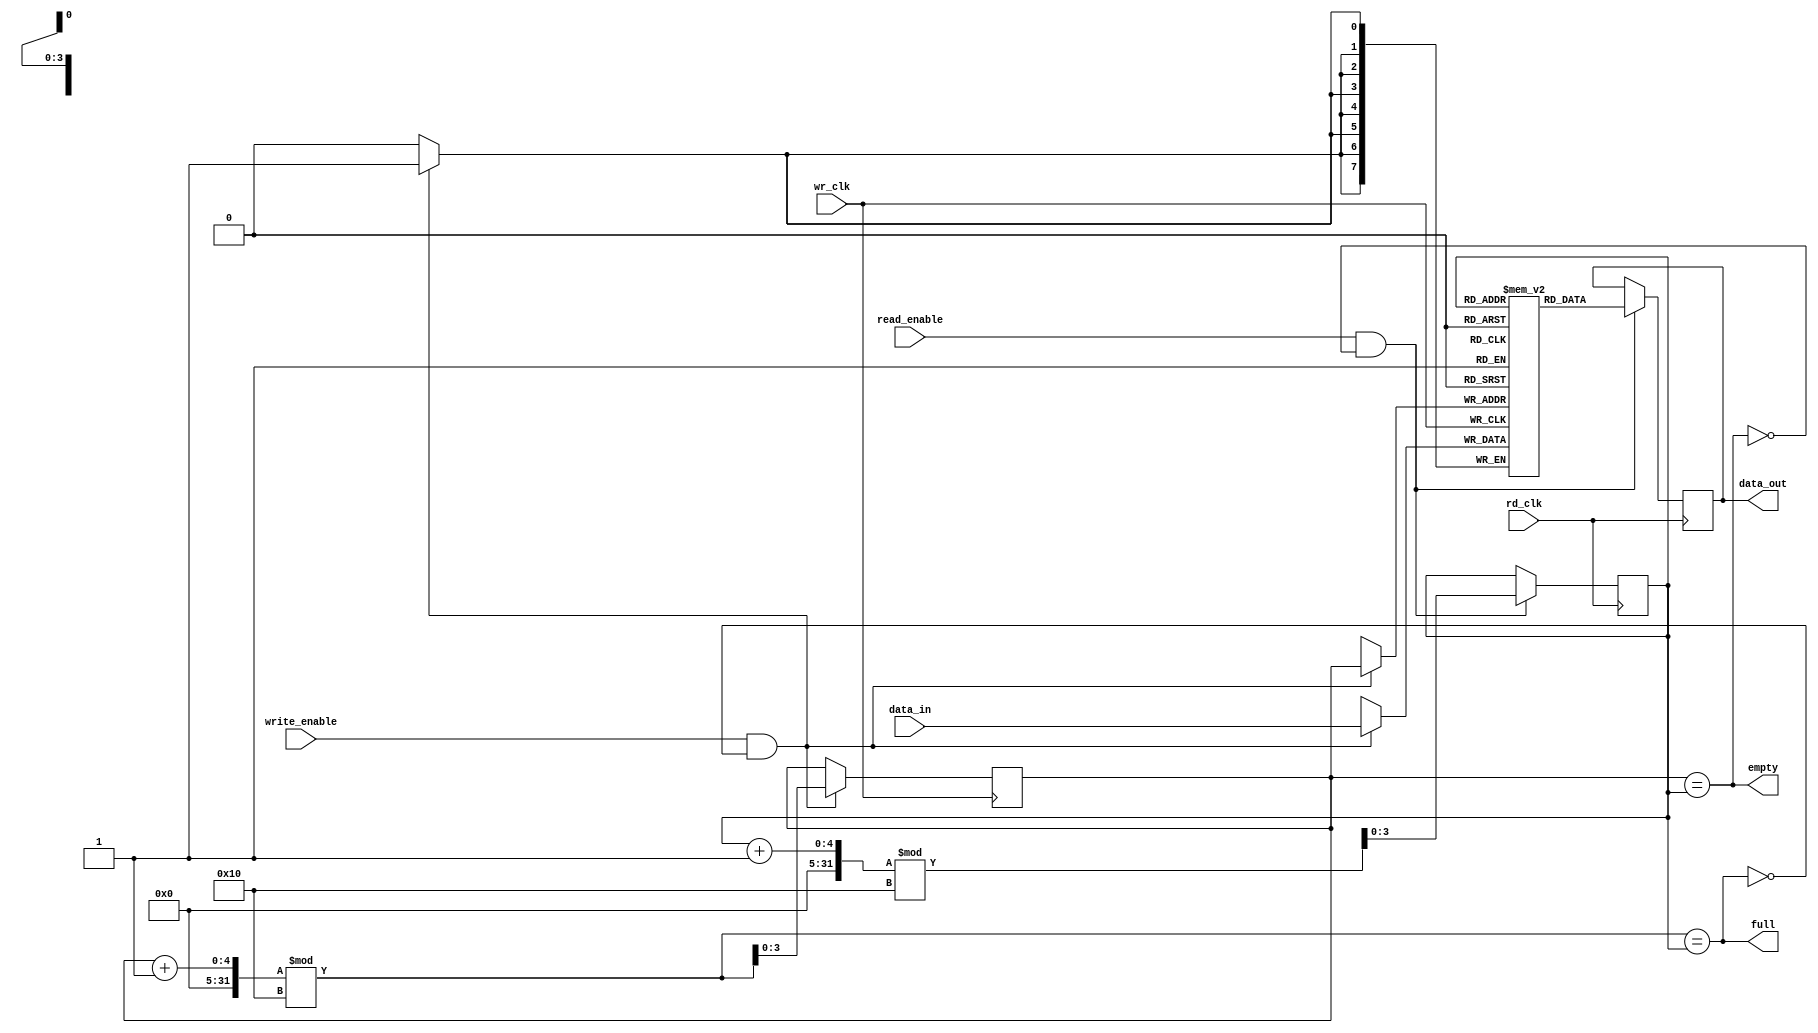
module fifo_synchronizer #(
    parameter FIFO_DEPTH = 16,    // Depth of FIFO
    parameter DATA_WIDTH = 8       // Width of data
)(
    input wire wr_clk,             // Write clock (source clock domain)
    input wire rd_clk,             // Read clock (destination clock domain)
    input wire write_enable,        // Write enable signal
    input wire read_enable,         // Read enable signal
    input wire [DATA_WIDTH-1:0] data_in, // Data input for write
    output reg [DATA_WIDTH-1:0] data_out, // Data output for read
    output reg full,               // Indicates full condition
    output reg empty               // Indicates empty condition
);

    reg [DATA_WIDTH-1:0] fifo_mem [0:FIFO_DEPTH-1]; // FIFO memory array
    reg [$clog2(FIFO_DEPTH)-1:0] wp;                // Write pointer
    reg [$clog2(FIFO_DEPTH)-1:0] rp;                // Read pointer
    reg [$clog2(FIFO_DEPTH)-1:0] wp_sync1, wp_sync2; // Synchronized write pointer
    reg [$clog2(FIFO_DEPTH)-1:0] rp_sync1, rp_sync2; // Synchronized read pointer

    // Write operation
    always @(posedge wr_clk) begin
        if (write_enable && !full) begin
            fifo_mem[wp] <= data_in;                 // Write data to FIFO
            wp <= (wp + 1) % FIFO_DEPTH;              // Increment write pointer
        end
    end

    // Read operation
    always @(posedge rd_clk) begin
        if (read_enable && !empty) begin
            data_out <= fifo_mem[rp];                // Read data from FIFO
            rp <= (rp + 1) % FIFO_DEPTH;              // Increment read pointer
        end
    end

    // Full and empty flags
    always @* begin
        full = (wp + 1) % FIFO_DEPTH == rp;       // FIFO is full when next write pointer equals read pointer
        empty = (wp == rp);                       // FIFO is empty when write pointer equals read pointer
    end

    // Synchronize write pointer to read clock domain
    always @(posedge rd_clk) begin
        wp_sync1 <= wp;                          // First stage of synchronization
        wp_sync2 <= wp_sync1;                    // Second stage of synchronization
    end

    // Synchronize read pointer to write clock domain
    always @(posedge wr_clk) begin
        rp_sync1 <= rp;                          // First stage of synchronization
        rp_sync2 <= rp_sync1;                    // Second stage of synchronization
    end

endmodule